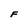
Character: F